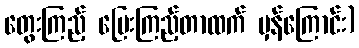
တွေးကြည့် ပြေးကြည့်တာထက် မှန်ကြောင်း)